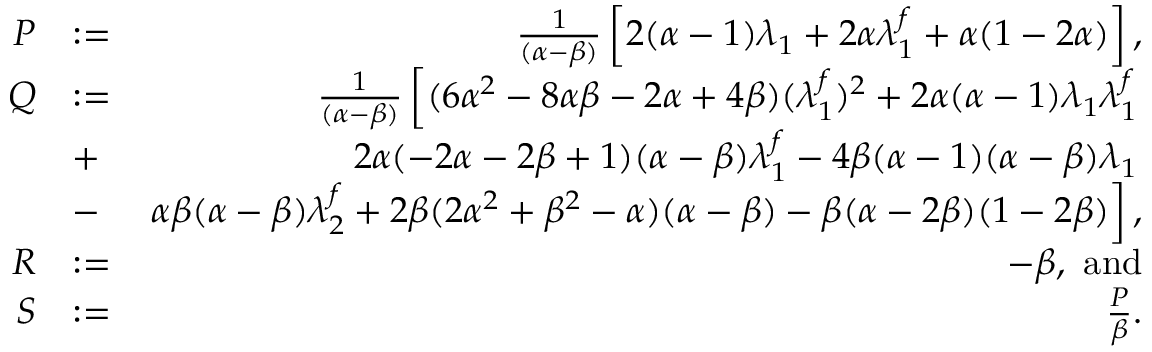
\begin{array} { r l r } { P } & { : = } & { \frac { 1 } { ( \alpha - \beta ) } \left[ 2 ( \alpha - 1 ) \lambda _ { 1 } + 2 \alpha \lambda _ { 1 } ^ { f } + \alpha ( 1 - 2 \alpha ) \right] , } \\ { Q } & { : = } & { \frac { 1 } { ( \alpha - \beta ) } \left[ ( 6 \alpha ^ { 2 } - 8 \alpha \beta - 2 \alpha + 4 \beta ) ( \lambda _ { 1 } ^ { f } ) ^ { 2 } + 2 \alpha ( \alpha - 1 ) \lambda _ { 1 } \lambda _ { 1 } ^ { f } \right. } \\ & { + } & { \left. 2 \alpha ( - 2 \alpha - 2 \beta + 1 ) ( \alpha - \beta ) \lambda _ { 1 } ^ { f } - 4 \beta ( \alpha - 1 ) ( \alpha - \beta ) \lambda _ { 1 } \right. } \\ & { - } & { \left. \alpha \beta ( \alpha - \beta ) \lambda _ { 2 } ^ { f } + 2 \beta ( 2 \alpha ^ { 2 } + \beta ^ { 2 } - \alpha ) ( \alpha - \beta ) - \beta ( \alpha - 2 \beta ) ( 1 - 2 \beta ) \right] , } \\ { R } & { : = } & { - \beta , \mathrm { ~ a n d } } \\ { S } & { : = } & { \frac { P } { \beta } . } \end{array}